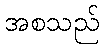
အစသည်